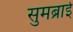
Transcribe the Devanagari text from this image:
सुमब्राई